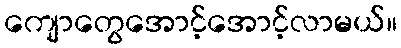
ကျောတွေအောင့်အောင့်လာမယ်။